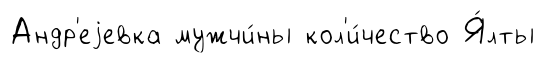
Андр'еjевка мужчи́ны кол'и́чество Я́лты